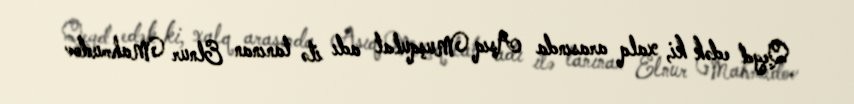
Qeyd edək ki, xalq arasında Aşıq Muşqulat adı ilə tanınan Elnur Mahmudov